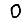
Digit: 0